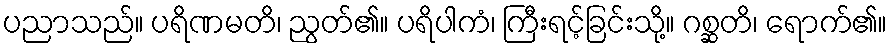
ပညာသည်။ ပရိဏမတိ၊ ညွတ်၏။ ပရိပါကံ၊ ကြီးရင့်ခြင်းသို့။ ဂစ္ဆတိ၊ ရောက်၏။